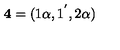
{ \bf 4 } = ( 1 \alpha , 1 ^ { ^ { \prime } } , 2 \alpha )